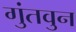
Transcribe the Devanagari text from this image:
गुंतवुन